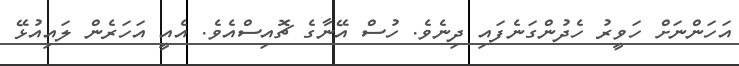
އަހަންނަށް ހަވީރު ހެދުންގަނެފައި ދިނެވެ. ހުސް އޭނާގެ ޗޮއިސްއެވެ. އެއީ އަހަރެން ލައިއުޅޭ